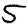
Digit: 5